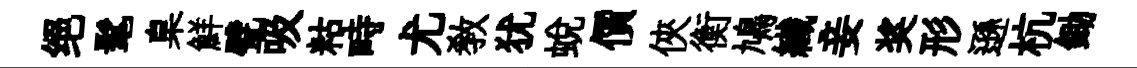
绝髦臬鮮甓吸䊀畤尤敎犹蜕價俠衡鳩纎妾奖形遜杭鋤